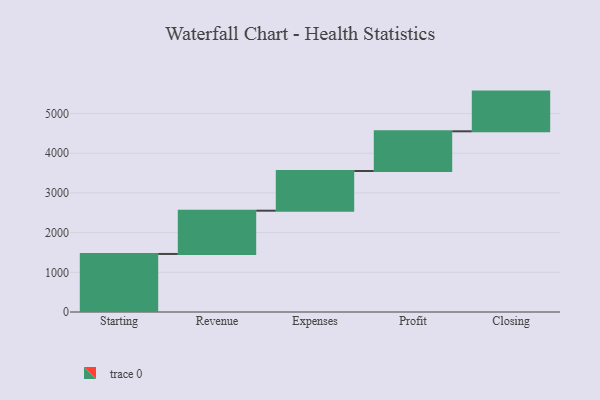
{"axis": {"x": "Step", "y": "Value"}, "legend": [""], "data": [{"x": "Starting", "y": 1462.0, "type": ""}, {"x": "Revenue", "y": 1090.0, "type": ""}, {"x": "Expenses", "y": 1000, "type": ""}, {"x": "Profit", "y": 1000, "type": ""}, {"x": "Closing", "y": 1000, "type": ""}]}